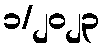
၁/၂၀၂၃